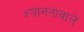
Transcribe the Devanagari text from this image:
श्यानतावाले